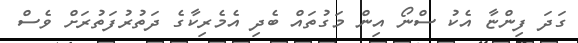
ގަދަ ފިންޏާ އެކު ސްނޯ އިން މަގުތައް ބެދި އެމެރިކާގެ ދަތުރުފަތުރަށް ވެސް